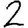
Digit: 2